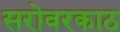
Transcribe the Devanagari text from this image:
सरोवरकाठ